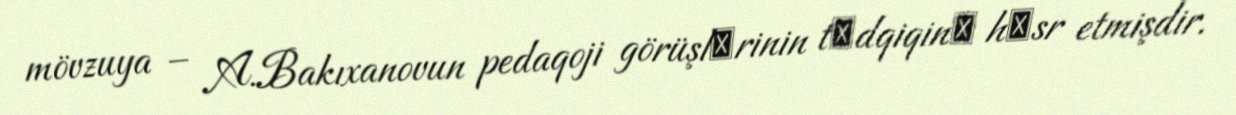
mövzuya – A.Bakıxanovun pedaqoji görüşlәrinin tәdqiqinә hәsr etmişdir.